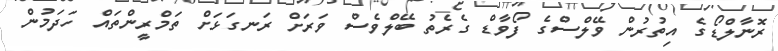
ރޮނާލްޑޯގެ އިތުރުން ވޭލްސްގެ ފޯވާޑް ގެރެތު ބޭލްވެސް ވަރަށް ރަނގަޅަށް ތަމްރީންތައް ހަދަމުން